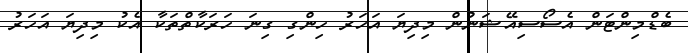
ބެޑްމިންޓަން އެސޯސިއޭޝަނުން މިދިޔަ އަހަރު ހިންގި ގިނަ ހަރަކާތްތަކާ އެކު މިދިޔަ އަހަރު